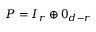
P = I _ { r } \oplus 0 _ { d - r }